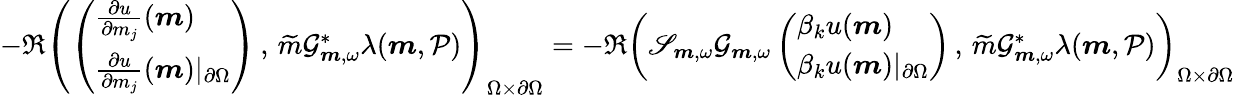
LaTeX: \begin{array}{r}{-\Re\left(\left(\begin{array}{l}{\frac{\partial u}{\partial m_{j}}(\boldsymbol{m})}\\ {\frac{\partial u}{\partial m_{j}}(\boldsymbol{m})\vert_{\partial\Omega}}\end{array}\right)\, ,\, \widetilde{m}\mathcal{G}_{\boldsymbol{m},\omega}^{*}\lambda(\boldsymbol{m},\mathcal{P})\right)_{\Omega\times\partial\Omega}=-\Re\left(\mathscr{S}_{\boldsymbol{m},\omega}\mathcal{G}_{\boldsymbol{m},\omega}\left(\begin{array}{l}{\beta_{k}u(\boldsymbol{m})}\\ {\beta_{k}u(\boldsymbol{m})\vert_{\partial\Omega}}\end{array}\right)\, ,\, \widetilde{m}\mathcal{G}_{\boldsymbol{m},\omega}^{*}\lambda(\boldsymbol{m},\mathcal{P})\right)_{\Omega\times\partial\Omega}}\end{array}